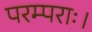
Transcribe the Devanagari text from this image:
परम्पराः।